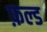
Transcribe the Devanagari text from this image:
फ़ल्ड